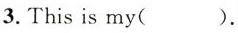
3. This is my( ).